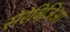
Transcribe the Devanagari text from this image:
सेरेविजिआ